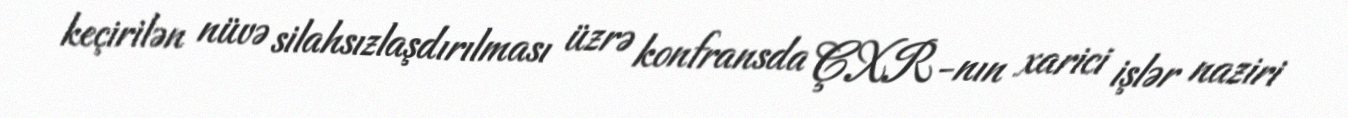
keçirilən nüvə silahsızlaşdırılması üzrə konfransda ÇXR-nın xarici işlər naziri